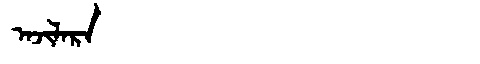
Manchu: ᠠᠵᡳᠯᠠᡵᠠ
Romanization: AJILARA